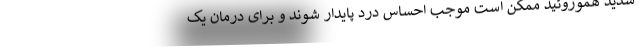
شدید هموروئید ممکن است موجب احساس درد پایدار شوند و برای درمان یک